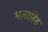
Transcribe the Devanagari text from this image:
भलाहिह